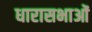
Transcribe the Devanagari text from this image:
धारासभाओं